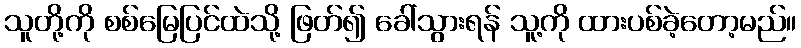
သူတို့ကို စစ်မြေပြင်ထဲသို့ ဖြတ်၍ ခေါ်သွားရန် သူ့ကို ထားပစ်ခဲ့တော့မည်။